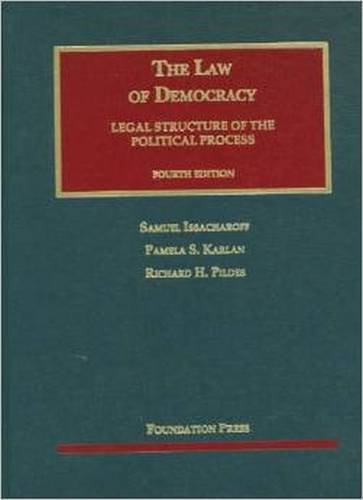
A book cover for The Law of Democracy (University Casebook Series); Samuel Issacharoff; Law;